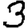
Digit: 3